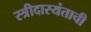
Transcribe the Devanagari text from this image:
स्त्रीदास्यंताची